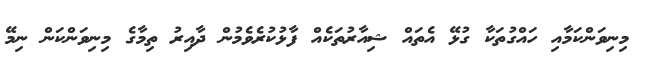
މިނިވަންކަމާއި ހައްގުތަކާ ގުޅޭ އެތައް ޝިއާރުތަކެއް ފާޅުކުރެވެމުން ދާއިރު ތިމާގެ މިނިވަންކަން ނިމޭ